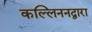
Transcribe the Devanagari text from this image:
कल्लिननद्वारा